Report of the Bombay Plague Committee
Disease focus: Plague
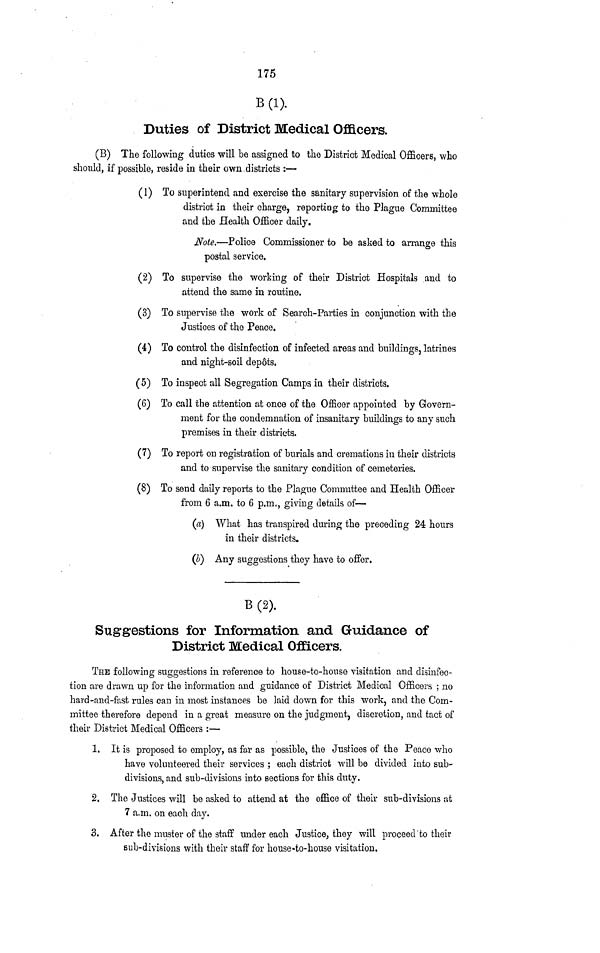
175
B(l).
Duties of District Medical Officers.
(B) The following duties will be assigned to the District Medical Officers, who
should, if possible, reside in their own.districts :—
(1) To superintend and exercise the sanitary supervision of the whole
district in their charge, reporting to the Plague Committee
and the Health Officer daily.
Note,—Police Commissioner to be asked to arrange this
postal service.
(2) To supervise the working of their District Hospitals and to
attend the same in routine.
(3) To supervise the work of Search-Parties in conjunction with the
Justices of the Peace.
(4) To control the disinfection of infected areas and buildings, latrines
and night-soil dep6ts.
(5) To inspect all Segregation Camps in their districts.
(6) To call the attention at once of the Officer appointed by Govern-
ment for the condemnation of insanitary buildings to any such
premises in their districts.
(7) To report on registration of burials and cremations in their districts
and to supervise the sanitary condition of cemeteries.
(8) To send daily reports to the Plague Committee and Health Officer
from 6 a.m. to 6 p.m., giving details of—
(a) What has transpired during the preceding 24 hours
in their districts.
(J) Any suggestions they have to offer.
B(2).
Suggestions for Information and Guidance of
District Medical Officers.
THE following suggestions in reference to house-to-house visitation and disinfec-
tion are drawn up for the information and guidance of District Medical Officers ; no
hard-and-fast rules can in most instances be laid down for this work, and the Com-
mittee therefore depend in a great measure on the judgment, discretion, and tact of
their District Medical Officers :—
1. It is proposed to employ, as far as possiblej the Justices of the Peace who
have volunteered their services ; each district will be divided into sub-
divisions, and sub-divisions into sections for this duty.
2. The Justices will be asked to attend at the office of their sub-divisions at
7 a.m. on each day.
3. After the muster of the staff under each Justice, they will proceed to their
sub-divisions with their staff for house-to-house visitation.